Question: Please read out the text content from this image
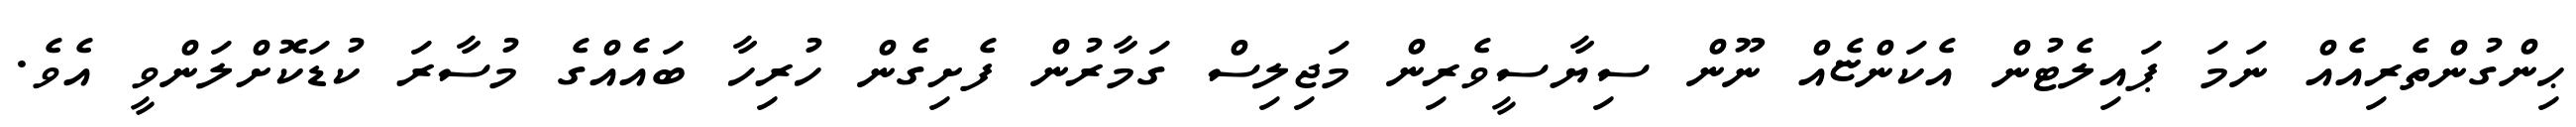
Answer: ޙިންގުންތެރިއެއް ނަމަ ޕައިލެޓުން އެކަންޏެއް ނޫން ސިޔާސީވެރިން މަޖިލިސް ގަމާރުން ފެށިގެން ހުރިހާ ބައެއްގެ މުސާރަ ކުޑަކޮށްލަންވީ އެވެ.